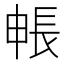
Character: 𮣻